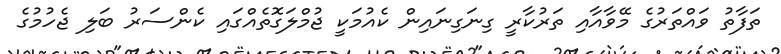
ތަފާތު ވައްތަރުގެ މޭވާއާއި ތަރުކާރީ ގިނަގިނައިން ކެއުމަކީ ޖުމްލަގޮތެއްގައި ކެންސަރު ބަލި ޖެހުމުގެ